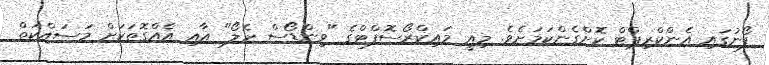
ފޯނުގައި އެންކްރިޕްޓް ކޮށްގެންކަމަށެވެ. މިއީ މައިކްރޯސޮފްޓްގެ "ވިންޑޯސް ހެލޯ" އާއި އެއްގޮތަކަށް މަސައްކަތް